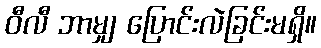
ဝီလီ ဘာမျှ ပြောင်းလဲခြင်းမရှိ။